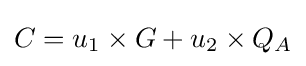
C=u_{1}\times G+u_{2}\times Q_{A}